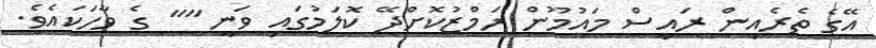
އޭގެ ތެރެއިން ރައީސް މައުމޫން ރަމްޒުކޮށްދޭ ކޮލަމުގައި ވަނީ "" ގެ ވާހަކައެވެ.